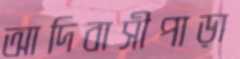
আদিবাসীপাড়া